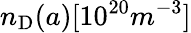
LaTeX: n_{\mathrm{D}}(a)[10^{20}m^{-3}]